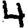
Digit: 4